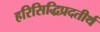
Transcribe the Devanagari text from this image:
हरिसिद्धिप्रदतीर्थ